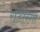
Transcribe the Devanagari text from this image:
रॉडरिगो